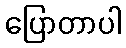
ပြောတာပါ